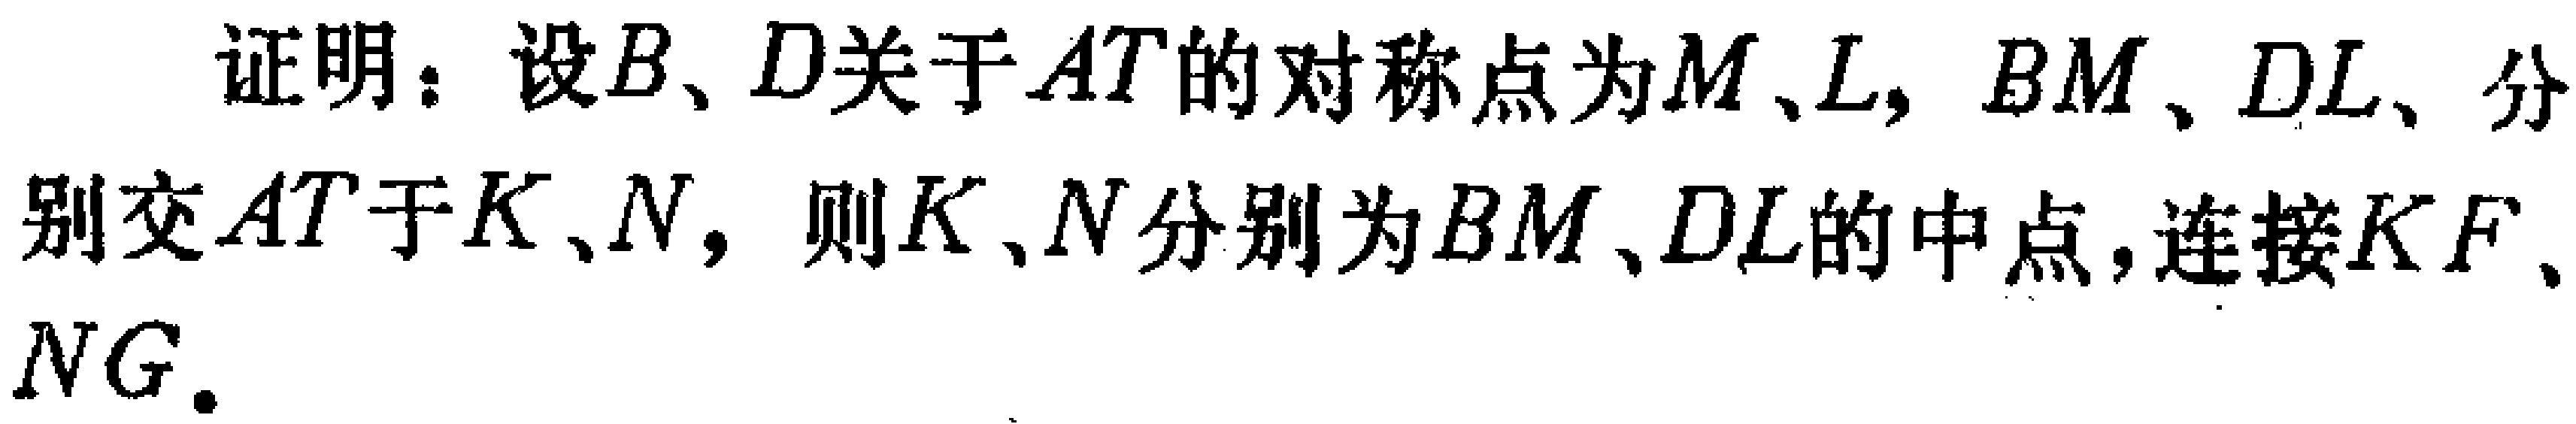
证明：设\(B、D\)关于\(AT\)的对称点为\(M、L\)，\(BM、DL\)分别交\(AT\)于\(K、N\)，则\(K、N\)分别为\(BM、DL\)的中点，连接\(KF、NG\)。